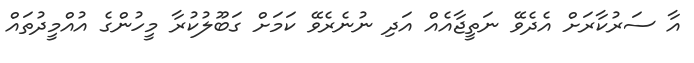
އާ ސަރުކާރަށް އެދެވޭ ނަތީޖާއެއް އަދި ނުނެރެވޭ ކަމަށް ގަބޫލުކުރާ މީހުންގެ އުއްމީދުތައް